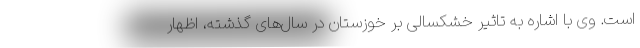
است. وی با اشاره به تاثیر خشکسالی بر خوزستان در سال‌های گذشته، اظهار